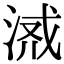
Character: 𣶔